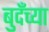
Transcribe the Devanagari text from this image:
बुदँच्या